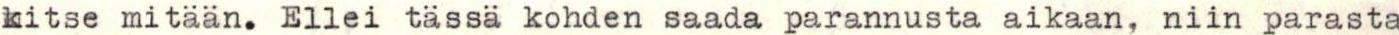
kitse mitään. Ellei tässä kohden saada parannusta aikaan, niin parasta